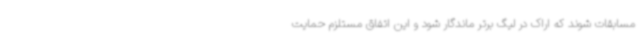
مسابقات شوند که اراک در لیگ برتر ماندگار شود و این اتفاق مستلزم حمایت